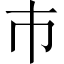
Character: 巿